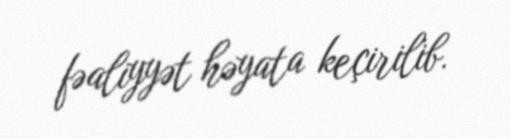
fəaliyyət həyata keçirilib.